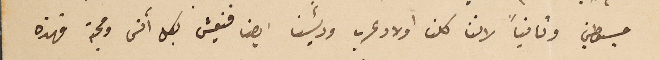
مبسوطين وثانياً لاننا كلنا اولاد عرب ورئيسنا ايضا فنعيش بكل آنس ومحبة فهذه